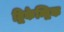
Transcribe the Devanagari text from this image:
द्विकेन्द्रिक